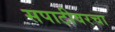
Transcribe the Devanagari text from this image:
सपाटीवरचा